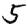
Digit: 5